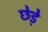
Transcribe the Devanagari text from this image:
छेडे़